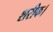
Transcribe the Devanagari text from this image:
शरीफ।